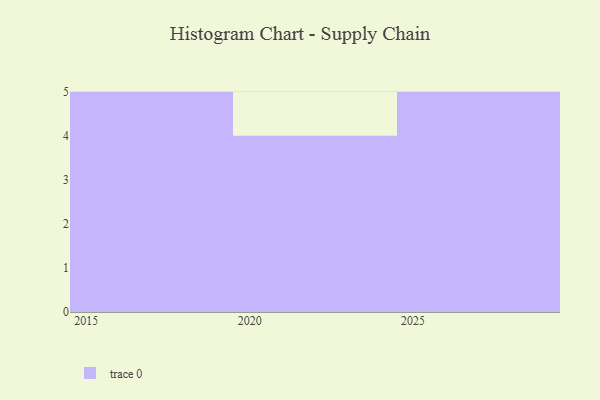
{"axis": {"x": "Year", "y": "Customer Acquisition Cost (USD)"}, "legend": [""], "data": [{"x": "2018", "y": 72, "type": ""}, {"x": "2020", "y": 84, "type": ""}, {"x": "2027", "y": 91, "type": ""}, {"x": "2026", "y": 81, "type": ""}, {"x": "2019", "y": 26, "type": ""}, {"x": "2025", "y": 26, "type": ""}, {"x": "2016", "y": 1, "type": ""}, {"x": "2028", "y": 65, "type": ""}, {"x": "2029", "y": 44, "type": ""}, {"x": "2017", "y": 32, "type": ""}, {"x": "2022", "y": 65, "type": ""}, {"x": "2024", "y": 61, "type": ""}, {"x": "2021", "y": 18, "type": ""}, {"x": "2015", "y": 93, "type": ""}]}